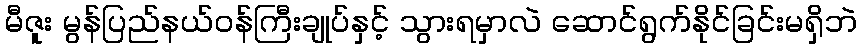
မီဇူး မွန်ပြည်နယ်ဝန်ကြီးချုပ်နှင့် သွားရမှာလဲ ဆောင်ရွက်နိုင်ခြင်းမရှိဘဲ